Leaving Certificate Examination, 1921
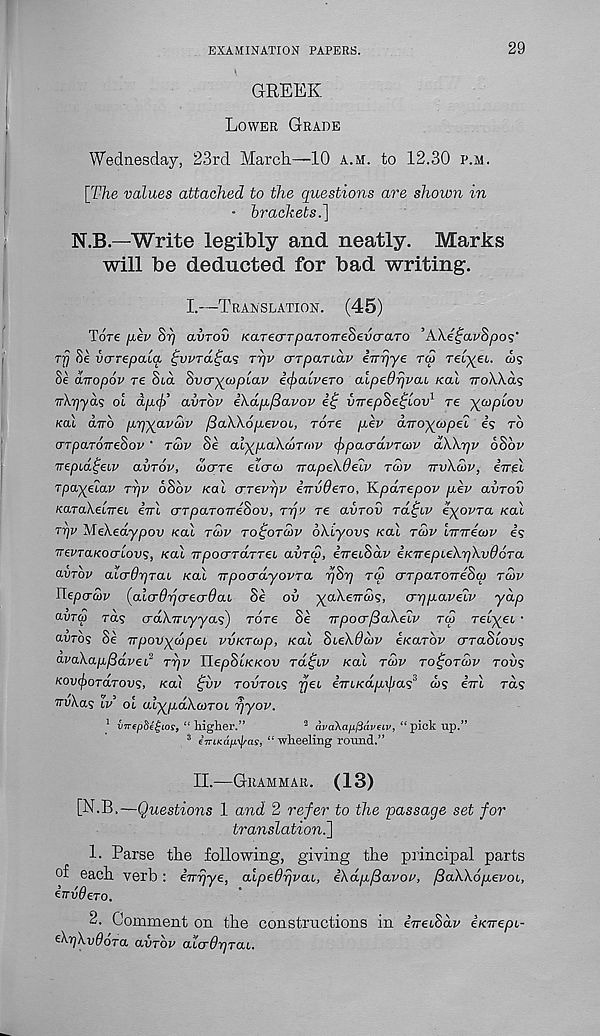
EXAMINATION PAPERS.
29
GREEK
Lower Grade
Wednesday, 23rd March.—10 a.m. to 12.30 p.m.
[The values attached to the questions are shown in
• brackets.]
N.B—Write legibly and neatly. Marks
will be deducted for bad writing.
I.—Translation. (45)
Tore [lev St) avrov KarecTTpaTOTTeSevo-aTo ’AXeijavSpo?'
Tjj 8e vcrrepaia
Trjv crTparLav i'rrrj'ye rep ret^et. ws
8e diropov re Sux hvcr^picLV icjxxLveTO alpedrjvcu koX ttoWols
ol ap.<j) avrov i\dp/3avov
vvepSe^lov 1 re -^coplov
koI dirb pp-^avebv /3a\\6p.evoi, rore p.ev dTro^opel is to
o’TpaToueSov' rwv Se al^pa\d)TO)v cfrpacrdvTcov dWrjv 6Sbv
irepLci^eLV clvtov, ojerre etcra> ircipekdelv tcov ttvXcop, irrei
Tpayeiav tt)p oSot’ kol crTevpv iTrvOero, Kparepov pev avrov
Ka.Takel.TTeL ini crTpaToneSov, rqa re avTov tol^lv iyovTa Kal
ttjv MeXedypov kcll tcjv to^otcov oXl-yovs Kal tcov Innicov is
nevTaKoaLovs, Kal npocrTaTTei avTco, ineiSav iKnepieXrjXvOoTa
avrbv alcrOpTai Kal npoadyovra r/Sp tco UTpaTonehcp tojv
Tepacov [alcrdparecrOaL Se ov -^aXencos, crppaveLV yap
avTcp Tas o-dXmyyas) tote Se npoo-fiaXeiv T(p Tel-^ei ■
avTos Se npovycbpec vvKTeop, Kal SieXdcbv eKarov crraSioi)?
avaXapfidvei 2 TTjV IlepSt/e/cow tol^lv Kal tcov to^otoov tovs
KovfyoTaTovs, Kal ^vv tovtols rjeu inLKapxfxas 3 a>s ini rds
nvXas iv oi alypdXcoTOL rjyov.
] imepScgios, “ higher.”
1 avakapfiavew, “ pick up.”
3 iirLKapyas, “ wheeling round.”
II.—Grammar. (13)
[N.B.—Questions 1 and 2 refer to the passage set for
translation.]
1. Parse the following, giving the principal parts
of each verb : inrjye, alpedrjvaL, iXdp/3avov, /SaXXopevoL,
CTTvdeTO.
2. Comment on the constructions in eVeiSav innepL-
tXy)Xv9oTa avTov alcrOpTaL.